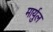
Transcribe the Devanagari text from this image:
मार्युल